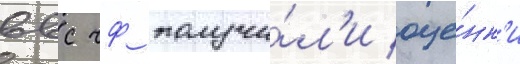
ввс чф получи́л'и оце́нк'и